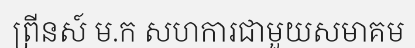
ព្រីនស៍ ម.ក សហការជាមួយសមាគម